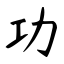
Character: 功